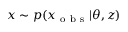
x \sim p ( x _ { \mathrm { ~ o ~ b ~ s ~ } } | \theta , z )